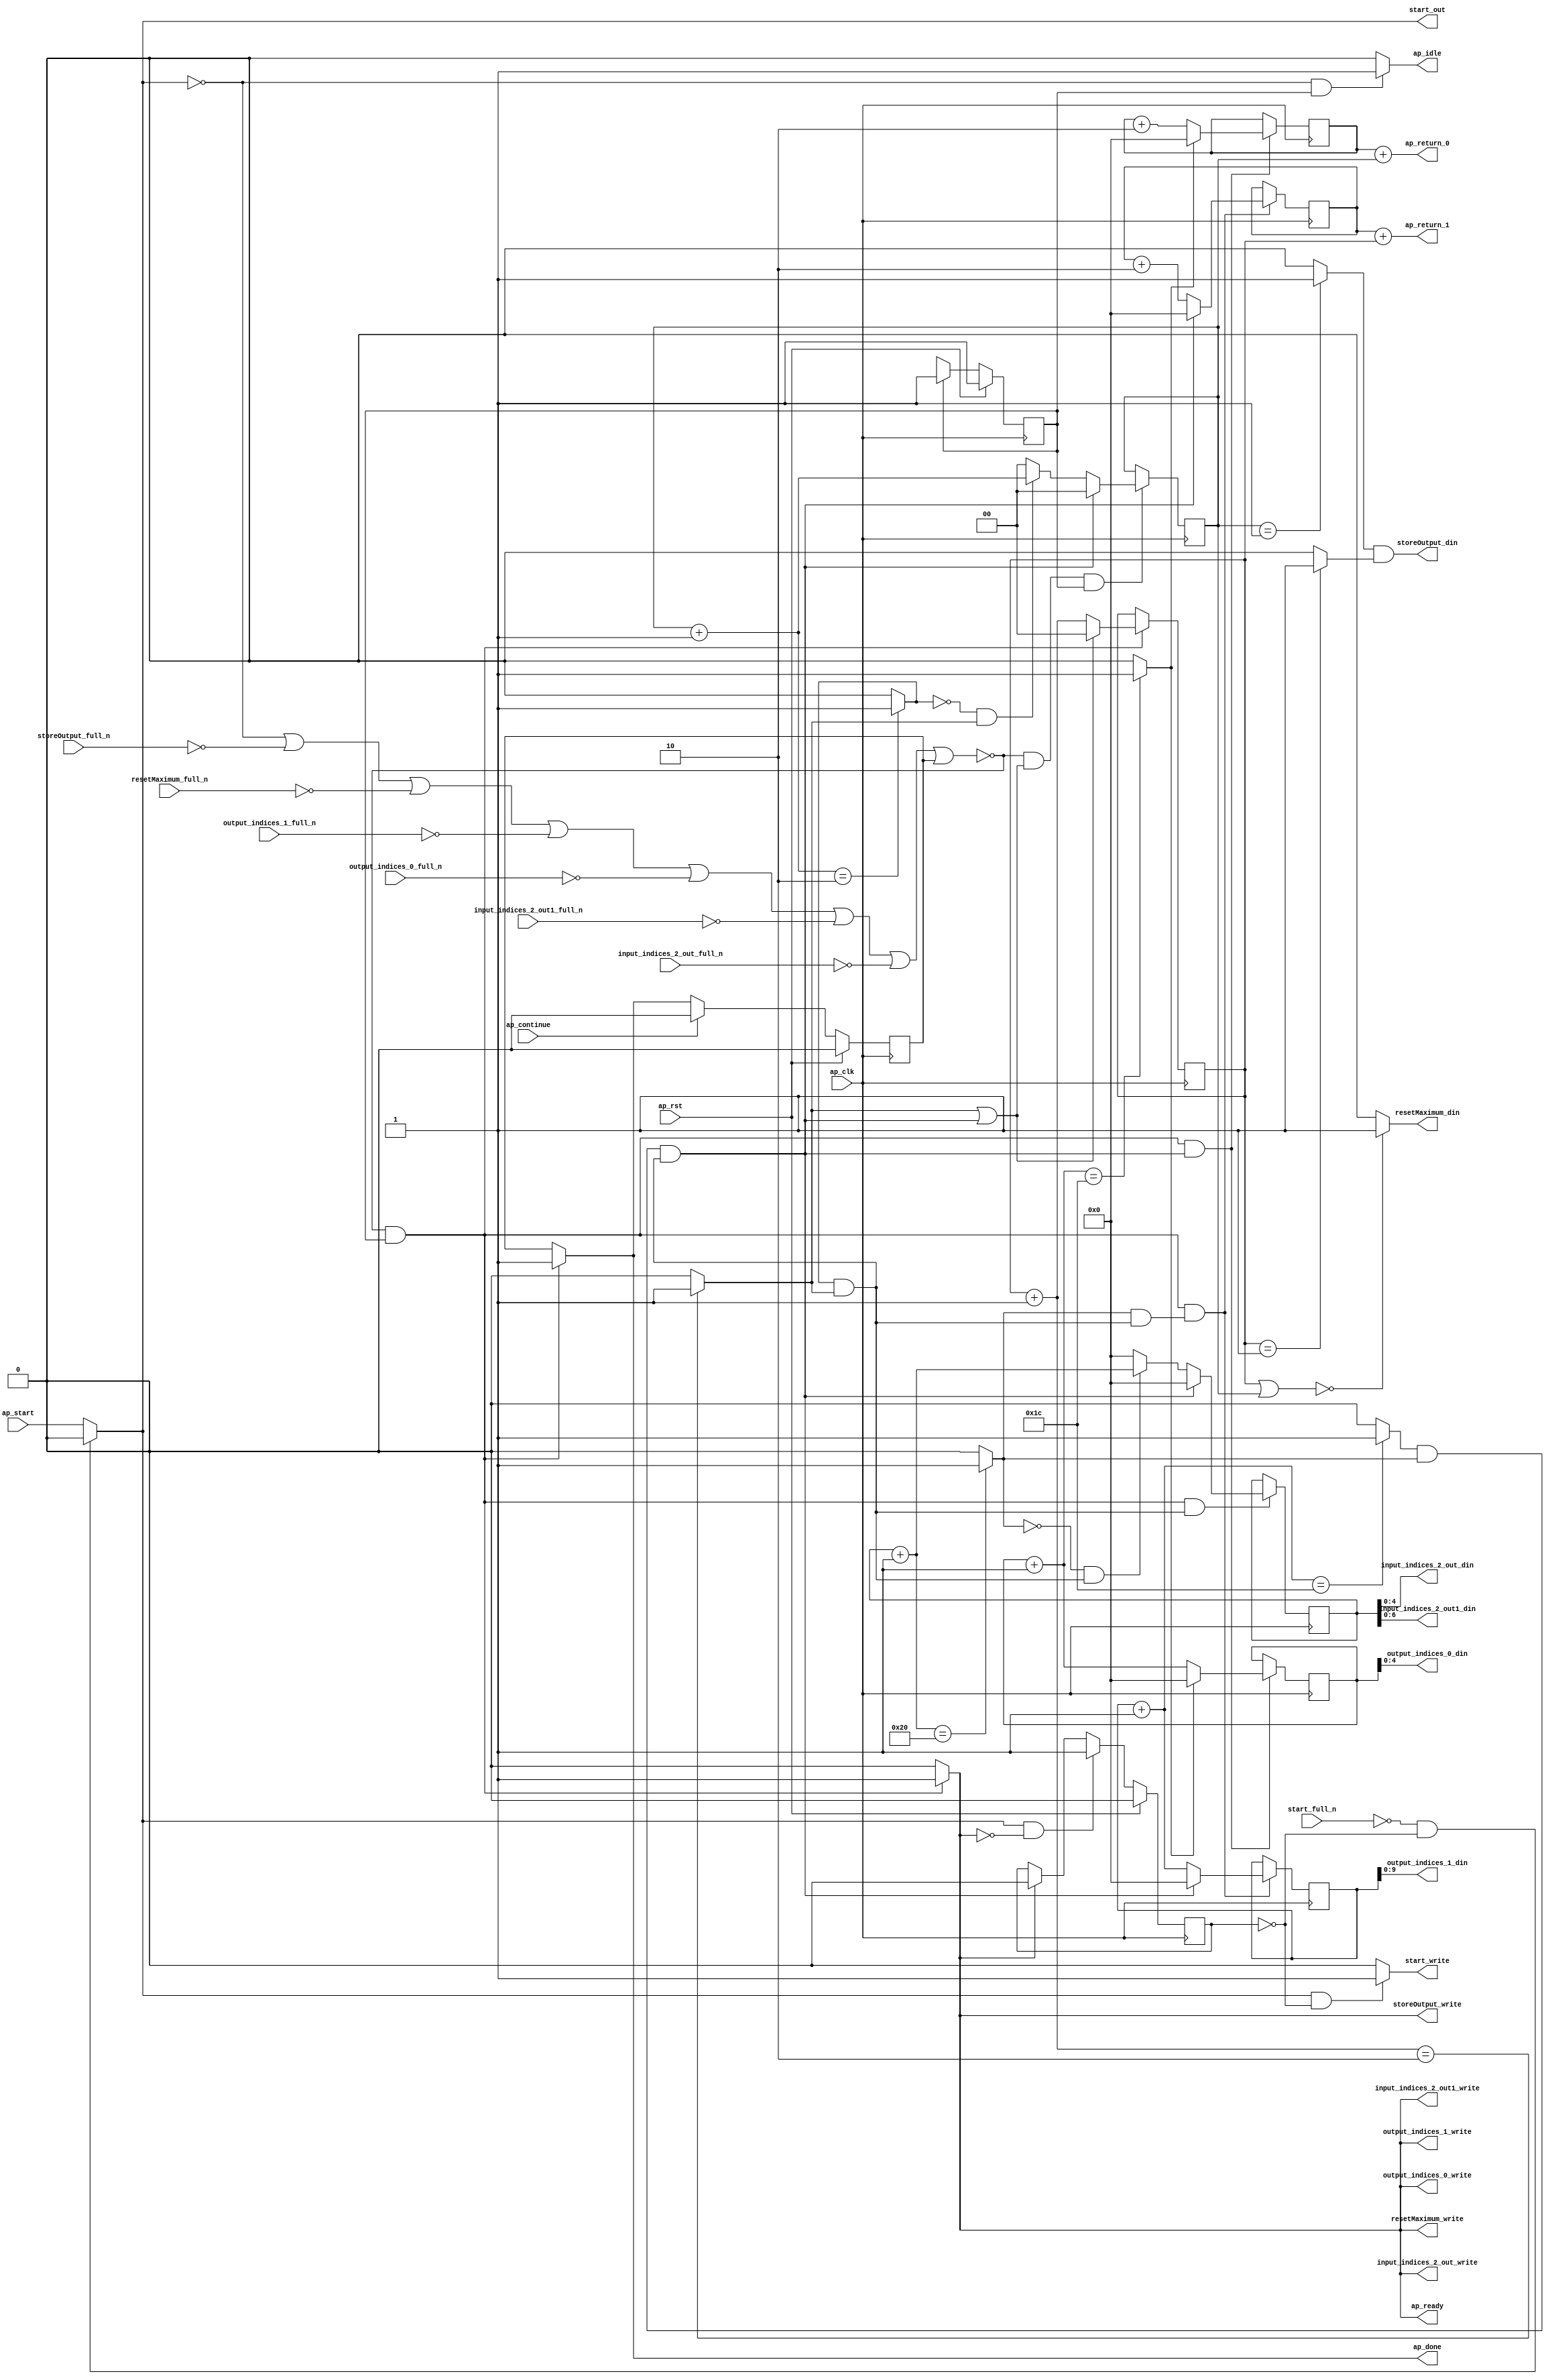
`define EXPONENT 5
`define MANTISSA 10
`define ACTUAL_MANTISSA 11
`define EXPONENT_LSB 10
`define EXPONENT_MSB 14
`define MANTISSA_LSB 0
`define MANTISSA_MSB 9
`define MANTISSA_MUL_SPLIT_LSB 3
`define MANTISSA_MUL_SPLIT_MSB 9
`define SIGN 1
`define SIGN_LOC 15
`define DWIDTH (`SIGN+`EXPONENT+`MANTISSA)
`define IEEE_COMPLIANCE 1

module td_fused_top_tdf5_get_next_ijk (
        ap_clk,
        ap_rst,
        ap_start,
        start_full_n,
        ap_done,
        ap_continue,
        ap_idle,
        ap_ready,
        start_out,
        start_write,
        input_indices_2_out_din,
        input_indices_2_out_full_n,
        input_indices_2_out_write,
        input_indices_2_out1_din,
        input_indices_2_out1_full_n,
        input_indices_2_out1_write,
        output_indices_0_din,
        output_indices_0_full_n,
        output_indices_0_write,
        output_indices_1_din,
        output_indices_1_full_n,
        output_indices_1_write,
        resetMaximum_din,
        resetMaximum_full_n,
        resetMaximum_write,
        storeOutput_din,
        storeOutput_full_n,
        storeOutput_write,
        ap_return_0,
        ap_return_1
);

parameter    ap_ST_fsm_state1 = 1'd1;

input   ap_clk;
input   ap_rst;
input   ap_start;
input   start_full_n;
output   ap_done;
input   ap_continue;
output   ap_idle;
output   ap_ready;
output   start_out;
output   start_write;
output  [4:0] input_indices_2_out_din;
input   input_indices_2_out_full_n;
output   input_indices_2_out_write;
output  [6:0] input_indices_2_out1_din;
input   input_indices_2_out1_full_n;
output   input_indices_2_out1_write;
output  [4:0] output_indices_0_din;
input   output_indices_0_full_n;
output   output_indices_0_write;
output  [9:0] output_indices_1_din;
input   output_indices_1_full_n;
output   output_indices_1_write;
output   resetMaximum_din;
input   resetMaximum_full_n;
output   resetMaximum_write;
output   storeOutput_din;
input   storeOutput_full_n;
output   storeOutput_write;
output  [15:0] ap_return_0;
output  [15:0] ap_return_1;

reg ap_done;
reg ap_idle;
reg start_write;
reg input_indices_2_out_write;
reg input_indices_2_out1_write;
reg output_indices_0_write;
reg output_indices_1_write;
reg resetMaximum_write;
reg storeOutput_write;

reg    real_start;
reg    start_once_reg;
reg    ap_done_reg;
  reg   [0:0] ap_CS_fsm;
wire    ap_CS_fsm_state1;
reg    internal_ap_ready;
reg   [1:0] i_p_1;
reg   [1:0] j_p_1;
reg   [15:0] i_3;
reg   [15:0] j_3;
reg   [15:0] k_3;
reg   [15:0] i_out_1;
reg   [15:0] j_out_1;
reg    input_indices_2_out_blk_n;
reg    input_indices_2_out1_blk_n;
reg    output_indices_0_blk_n;
reg    output_indices_1_blk_n;
reg    resetMaximum_blk_n;
reg    storeOutput_blk_n;
wire   [1:0] select_ln172_fu_342_p3;
reg    ap_block_state1;
wire   [0:0] or_ln172_fu_316_p2;
wire   [1:0] select_ln172_1_fu_350_p3;
wire   [15:0] select_ln177_fu_282_p3;
wire   [0:0] and_ln172_1_fu_310_p2;
wire   [15:0] select_ln172_2_fu_364_p3;
wire   [0:0] and_ln162_fu_358_p2;
wire   [15:0] select_ln172_3_fu_392_p3;
wire   [0:0] and_ln165_fu_298_p2;
wire   [15:0] select_ln177_1_fu_290_p3;
wire   [15:0] select_ln172_4_fu_400_p3;
wire   [1:0] or_ln154_fu_126_p2;
wire   [0:0] icmp_ln155_fu_139_p2;
wire   [0:0] icmp_ln155_1_fu_145_p2;
wire   [15:0] zext_ln156_fu_114_p1;
wire   [15:0] zext_ln157_fu_122_p1;
wire   [1:0] add_ln161_fu_210_p2;
wire   [1:0] add_ln164_fu_222_p2;
wire   [15:0] add_ln167_fu_234_p2;
wire   [15:0] add_ln171_fu_252_p2;
wire   [15:0] add_ln176_fu_270_p2;
wire   [0:0] icmp_ln177_fu_276_p2;
wire   [15:0] add_ln175_fu_264_p2;
wire   [0:0] icmp_ln162_fu_216_p2;
wire   [0:0] icmp_ln165_fu_228_p2;
wire   [0:0] icmp_ln168_fu_240_p2;
wire   [0:0] icmp_ln172_fu_258_p2;
wire   [0:0] and_ln172_fu_304_p2;
wire   [0:0] xor_ln165_fu_322_p2;
wire   [0:0] and_ln165_1_fu_328_p2;
wire   [1:0] select_ln165_fu_334_p3;
wire   [15:0] add_ln170_fu_246_p2;
wire   [0:0] xor_ln168_fu_372_p2;
wire   [0:0] and_ln168_fu_378_p2;
wire   [15:0] select_ln168_fu_384_p3;
wire   [15:0] add_ln156_fu_162_p2;
wire   [15:0] add_ln157_fu_172_p2;
reg   [0:0] ap_NS_fsm;
wire    ap_ce_reg;

// power-on initialization
initial begin
#0 start_once_reg = 1'b0;
#0 ap_done_reg = 1'b0;
#0 ap_CS_fsm = 1'd1;
#0 i_p_1 = 2'd0;
#0 j_p_1 = 2'd0;
#0 i_3 = 16'd0;
#0 j_3 = 16'd0;
#0 k_3 = 16'd0;
#0 i_out_1 = 16'd0;
#0 j_out_1 = 16'd0;
end

always @ (posedge ap_clk) begin
    if (ap_rst == 1'b1) begin
        ap_CS_fsm <= ap_ST_fsm_state1;
    end else begin
        ap_CS_fsm <= ap_NS_fsm;
    end
end

always @ (posedge ap_clk) begin
    if (ap_rst == 1'b1) begin
        ap_done_reg <= 1'b0;
    end else begin
        if ((ap_continue == 1'b1)) begin
            ap_done_reg <= 1'b0;
        end else if ((~((real_start == 1'b0) | (storeOutput_full_n == 1'b0) | (resetMaximum_full_n == 1'b0) | (output_indices_1_full_n == 1'b0) | (output_indices_0_full_n == 1'b0) | (input_indices_2_out1_full_n == 1'b0) | (input_indices_2_out_full_n == 1'b0) | (ap_done_reg == 1'b1)) & (1'b1 == ap_CS_fsm_state1))) begin
            ap_done_reg <= 1'b1;
        end
    end
end

always @ (posedge ap_clk) begin
    if (ap_rst == 1'b1) begin
        start_once_reg <= 1'b0;
    end else begin
        if (((real_start == 1'b1) & (internal_ap_ready == 1'b0))) begin
            start_once_reg <= 1'b1;
        end else if ((internal_ap_ready == 1'b1)) begin
            start_once_reg <= 1'b0;
        end
    end
end

always @ (posedge ap_clk) begin
    if ((~((real_start == 1'b0) | (storeOutput_full_n == 1'b0) | (resetMaximum_full_n == 1'b0) | (output_indices_1_full_n == 1'b0) | (output_indices_0_full_n == 1'b0) | (input_indices_2_out1_full_n == 1'b0) | (input_indices_2_out_full_n == 1'b0) | (ap_done_reg == 1'b1)) & (1'b1 == ap_CS_fsm_state1) & (1'd1 == and_ln172_1_fu_310_p2))) begin
        i_3 <= select_ln177_fu_282_p3;
        i_out_1 <= select_ln177_1_fu_290_p3;
    end
end

always @ (posedge ap_clk) begin
    if ((~((real_start == 1'b0) | (storeOutput_full_n == 1'b0) | (resetMaximum_full_n == 1'b0) | (output_indices_1_full_n == 1'b0) | (output_indices_0_full_n == 1'b0) | (input_indices_2_out1_full_n == 1'b0) | (input_indices_2_out_full_n == 1'b0) | (ap_done_reg == 1'b1)) & (or_ln172_fu_316_p2 == 1'd1) & (1'b1 == ap_CS_fsm_state1))) begin
        i_p_1 <= select_ln172_fu_342_p3;
    end
end

always @ (posedge ap_clk) begin
    if ((~((real_start == 1'b0) | (storeOutput_full_n == 1'b0) | (resetMaximum_full_n == 1'b0) | (output_indices_1_full_n == 1'b0) | (output_indices_0_full_n == 1'b0) | (input_indices_2_out1_full_n == 1'b0) | (input_indices_2_out_full_n == 1'b0) | (ap_done_reg == 1'b1)) & (1'b1 == ap_CS_fsm_state1) & (1'd1 == and_ln162_fu_358_p2))) begin
        j_3 <= select_ln172_2_fu_364_p3;
        j_out_1 <= select_ln172_4_fu_400_p3;
    end
end

always @ (posedge ap_clk) begin
    if ((~((real_start == 1'b0) | (storeOutput_full_n == 1'b0) | (resetMaximum_full_n == 1'b0) | (output_indices_1_full_n == 1'b0) | (output_indices_0_full_n == 1'b0) | (input_indices_2_out1_full_n == 1'b0) | (input_indices_2_out_full_n == 1'b0) | (ap_done_reg == 1'b1)) & (1'b1 == ap_CS_fsm_state1))) begin
        j_p_1 <= select_ln172_1_fu_350_p3;
    end
end

always @ (posedge ap_clk) begin
    if ((~((real_start == 1'b0) | (storeOutput_full_n == 1'b0) | (resetMaximum_full_n == 1'b0) | (output_indices_1_full_n == 1'b0) | (output_indices_0_full_n == 1'b0) | (input_indices_2_out1_full_n == 1'b0) | (input_indices_2_out_full_n == 1'b0) | (ap_done_reg == 1'b1)) & (1'b1 == ap_CS_fsm_state1) & (1'd1 == and_ln165_fu_298_p2))) begin
        k_3 <= select_ln172_3_fu_392_p3;
    end
end

always @ (*) begin
    if ((~((real_start == 1'b0) | (storeOutput_full_n == 1'b0) | (resetMaximum_full_n == 1'b0) | (output_indices_1_full_n == 1'b0) | (output_indices_0_full_n == 1'b0) | (input_indices_2_out1_full_n == 1'b0) | (input_indices_2_out_full_n == 1'b0) | (ap_done_reg == 1'b1)) & (1'b1 == ap_CS_fsm_state1))) begin
        ap_done = 1'b1;
    end else begin
        ap_done = ap_done_reg;
    end
end

always @ (*) begin
    if (((real_start == 1'b0) & (1'b1 == ap_CS_fsm_state1))) begin
        ap_idle = 1'b1;
    end else begin
        ap_idle = 1'b0;
    end
end

always @ (*) begin
    if ((~((real_start == 1'b0) | (ap_done_reg == 1'b1)) & (1'b1 == ap_CS_fsm_state1))) begin
        input_indices_2_out1_blk_n = input_indices_2_out1_full_n;
    end else begin
        input_indices_2_out1_blk_n = 1'b1;
    end
end

always @ (*) begin
    if ((~((real_start == 1'b0) | (storeOutput_full_n == 1'b0) | (resetMaximum_full_n == 1'b0) | (output_indices_1_full_n == 1'b0) | (output_indices_0_full_n == 1'b0) | (input_indices_2_out1_full_n == 1'b0) | (input_indices_2_out_full_n == 1'b0) | (ap_done_reg == 1'b1)) & (1'b1 == ap_CS_fsm_state1))) begin
        input_indices_2_out1_write = 1'b1;
    end else begin
        input_indices_2_out1_write = 1'b0;
    end
end

always @ (*) begin
    if ((~((real_start == 1'b0) | (ap_done_reg == 1'b1)) & (1'b1 == ap_CS_fsm_state1))) begin
        input_indices_2_out_blk_n = input_indices_2_out_full_n;
    end else begin
        input_indices_2_out_blk_n = 1'b1;
    end
end

always @ (*) begin
    if ((~((real_start == 1'b0) | (storeOutput_full_n == 1'b0) | (resetMaximum_full_n == 1'b0) | (output_indices_1_full_n == 1'b0) | (output_indices_0_full_n == 1'b0) | (input_indices_2_out1_full_n == 1'b0) | (input_indices_2_out_full_n == 1'b0) | (ap_done_reg == 1'b1)) & (1'b1 == ap_CS_fsm_state1))) begin
        input_indices_2_out_write = 1'b1;
    end else begin
        input_indices_2_out_write = 1'b0;
    end
end

always @ (*) begin
    if ((~((real_start == 1'b0) | (storeOutput_full_n == 1'b0) | (resetMaximum_full_n == 1'b0) | (output_indices_1_full_n == 1'b0) | (output_indices_0_full_n == 1'b0) | (input_indices_2_out1_full_n == 1'b0) | (input_indices_2_out_full_n == 1'b0) | (ap_done_reg == 1'b1)) & (1'b1 == ap_CS_fsm_state1))) begin
        internal_ap_ready = 1'b1;
    end else begin
        internal_ap_ready = 1'b0;
    end
end

always @ (*) begin
    if ((~((real_start == 1'b0) | (ap_done_reg == 1'b1)) & (1'b1 == ap_CS_fsm_state1))) begin
        output_indices_0_blk_n = output_indices_0_full_n;
    end else begin
        output_indices_0_blk_n = 1'b1;
    end
end

always @ (*) begin
    if ((~((real_start == 1'b0) | (storeOutput_full_n == 1'b0) | (resetMaximum_full_n == 1'b0) | (output_indices_1_full_n == 1'b0) | (output_indices_0_full_n == 1'b0) | (input_indices_2_out1_full_n == 1'b0) | (input_indices_2_out_full_n == 1'b0) | (ap_done_reg == 1'b1)) & (1'b1 == ap_CS_fsm_state1))) begin
        output_indices_0_write = 1'b1;
    end else begin
        output_indices_0_write = 1'b0;
    end
end

always @ (*) begin
    if ((~((real_start == 1'b0) | (ap_done_reg == 1'b1)) & (1'b1 == ap_CS_fsm_state1))) begin
        output_indices_1_blk_n = output_indices_1_full_n;
    end else begin
        output_indices_1_blk_n = 1'b1;
    end
end

always @ (*) begin
    if ((~((real_start == 1'b0) | (storeOutput_full_n == 1'b0) | (resetMaximum_full_n == 1'b0) | (output_indices_1_full_n == 1'b0) | (output_indices_0_full_n == 1'b0) | (input_indices_2_out1_full_n == 1'b0) | (input_indices_2_out_full_n == 1'b0) | (ap_done_reg == 1'b1)) & (1'b1 == ap_CS_fsm_state1))) begin
        output_indices_1_write = 1'b1;
    end else begin
        output_indices_1_write = 1'b0;
    end
end

always @ (*) begin
    if (((start_full_n == 1'b0) & (start_once_reg == 1'b0))) begin
        real_start = 1'b0;
    end else begin
        real_start = ap_start;
    end
end

always @ (*) begin
    if ((~((real_start == 1'b0) | (ap_done_reg == 1'b1)) & (1'b1 == ap_CS_fsm_state1))) begin
        resetMaximum_blk_n = resetMaximum_full_n;
    end else begin
        resetMaximum_blk_n = 1'b1;
    end
end

always @ (*) begin
    if ((~((real_start == 1'b0) | (storeOutput_full_n == 1'b0) | (resetMaximum_full_n == 1'b0) | (output_indices_1_full_n == 1'b0) | (output_indices_0_full_n == 1'b0) | (input_indices_2_out1_full_n == 1'b0) | (input_indices_2_out_full_n == 1'b0) | (ap_done_reg == 1'b1)) & (1'b1 == ap_CS_fsm_state1))) begin
        resetMaximum_write = 1'b1;
    end else begin
        resetMaximum_write = 1'b0;
    end
end

always @ (*) begin
    if (((real_start == 1'b1) & (start_once_reg == 1'b0))) begin
        start_write = 1'b1;
    end else begin
        start_write = 1'b0;
    end
end

always @ (*) begin
    if ((~((real_start == 1'b0) | (ap_done_reg == 1'b1)) & (1'b1 == ap_CS_fsm_state1))) begin
        storeOutput_blk_n = storeOutput_full_n;
    end else begin
        storeOutput_blk_n = 1'b1;
    end
end

always @ (*) begin
    if ((~((real_start == 1'b0) | (storeOutput_full_n == 1'b0) | (resetMaximum_full_n == 1'b0) | (output_indices_1_full_n == 1'b0) | (output_indices_0_full_n == 1'b0) | (input_indices_2_out1_full_n == 1'b0) | (input_indices_2_out_full_n == 1'b0) | (ap_done_reg == 1'b1)) & (1'b1 == ap_CS_fsm_state1))) begin
        storeOutput_write = 1'b1;
    end else begin
        storeOutput_write = 1'b0;
    end
end

always @ (*) begin
    case (ap_CS_fsm)
        ap_ST_fsm_state1 : begin
            ap_NS_fsm = ap_ST_fsm_state1;
        end
        default : begin
            ap_NS_fsm = 'bx;
        end
    endcase
end

assign add_ln156_fu_162_p2 = (i_3 + zext_ln156_fu_114_p1);

assign add_ln157_fu_172_p2 = (j_3 + zext_ln157_fu_122_p1);

assign add_ln161_fu_210_p2 = (j_p_1 + 2'd1);

assign add_ln164_fu_222_p2 = (i_p_1 + 2'd1);

assign add_ln167_fu_234_p2 = (k_3 + 16'd1);

assign add_ln170_fu_246_p2 = (j_3 + 16'd2);

assign add_ln171_fu_252_p2 = (j_out_1 + 16'd1);

assign add_ln175_fu_264_p2 = (i_3 + 16'd2);

assign add_ln176_fu_270_p2 = (i_out_1 + 16'd1);

assign and_ln162_fu_358_p2 = (icmp_ln168_fu_240_p2 & and_ln165_fu_298_p2);

assign and_ln165_1_fu_328_p2 = (xor_ln165_fu_322_p2 & icmp_ln162_fu_216_p2);

assign and_ln165_fu_298_p2 = (icmp_ln165_fu_228_p2 & icmp_ln162_fu_216_p2);

assign and_ln168_fu_378_p2 = (xor_ln168_fu_372_p2 & and_ln165_fu_298_p2);

assign and_ln172_1_fu_310_p2 = (and_ln172_fu_304_p2 & and_ln165_fu_298_p2);

assign and_ln172_fu_304_p2 = (icmp_ln172_fu_258_p2 & icmp_ln168_fu_240_p2);

assign ap_CS_fsm_state1 = ap_CS_fsm[32'd0];

always @ (*) begin
    ap_block_state1 = ((real_start == 1'b0) | (storeOutput_full_n == 1'b0) | (resetMaximum_full_n == 1'b0) | (output_indices_1_full_n == 1'b0) | (output_indices_0_full_n == 1'b0) | (input_indices_2_out1_full_n == 1'b0) | (input_indices_2_out_full_n == 1'b0) | (ap_done_reg == 1'b1));
end

assign ap_ready = internal_ap_ready;

assign ap_return_0 = add_ln156_fu_162_p2;

assign ap_return_1 = add_ln157_fu_172_p2;

assign icmp_ln155_1_fu_145_p2 = ((j_p_1 == 2'd1) ? 1'b1 : 1'b0);

assign icmp_ln155_fu_139_p2 = ((i_p_1 == 2'd1) ? 1'b1 : 1'b0);

assign icmp_ln162_fu_216_p2 = ((add_ln161_fu_210_p2 == 2'd2) ? 1'b1 : 1'b0);

assign icmp_ln165_fu_228_p2 = ((add_ln164_fu_222_p2 == 2'd2) ? 1'b1 : 1'b0);

assign icmp_ln168_fu_240_p2 = ((add_ln167_fu_234_p2 == 16'd32) ? 1'b1 : 1'b0);

assign icmp_ln172_fu_258_p2 = ((add_ln171_fu_252_p2 == 16'd28) ? 1'b1 : 1'b0);

assign icmp_ln177_fu_276_p2 = ((add_ln176_fu_270_p2 == 16'd28) ? 1'b1 : 1'b0);

assign input_indices_2_out1_din = k_3[6:0];

assign input_indices_2_out_din = k_3[4:0];

assign or_ln154_fu_126_p2 = (j_p_1 | i_p_1);

assign or_ln172_fu_316_p2 = (icmp_ln162_fu_216_p2 | and_ln172_1_fu_310_p2);

assign output_indices_0_din = i_out_1[4:0];

assign output_indices_1_din = j_out_1[9:0];

assign resetMaximum_din = ((or_ln154_fu_126_p2 == 2'd0) ? 1'b1 : 1'b0);

assign select_ln165_fu_334_p3 = ((and_ln165_1_fu_328_p2[0:0] == 1'b1) ? add_ln164_fu_222_p2 : 2'd0);

assign select_ln168_fu_384_p3 = ((and_ln168_fu_378_p2[0:0] == 1'b1) ? add_ln167_fu_234_p2 : 16'd0);

assign select_ln172_1_fu_350_p3 = ((or_ln172_fu_316_p2[0:0] == 1'b1) ? 2'd0 : add_ln161_fu_210_p2);

assign select_ln172_2_fu_364_p3 = ((and_ln172_1_fu_310_p2[0:0] == 1'b1) ? 16'd0 : add_ln170_fu_246_p2);

assign select_ln172_3_fu_392_p3 = ((and_ln172_1_fu_310_p2[0:0] == 1'b1) ? 16'd0 : select_ln168_fu_384_p3);

assign select_ln172_4_fu_400_p3 = ((and_ln172_1_fu_310_p2[0:0] == 1'b1) ? 16'd0 : add_ln171_fu_252_p2);

assign select_ln172_fu_342_p3 = ((and_ln172_1_fu_310_p2[0:0] == 1'b1) ? 2'd0 : select_ln165_fu_334_p3);

assign select_ln177_1_fu_290_p3 = ((icmp_ln177_fu_276_p2[0:0] == 1'b1) ? 16'd0 : add_ln176_fu_270_p2);

assign select_ln177_fu_282_p3 = ((icmp_ln177_fu_276_p2[0:0] == 1'b1) ? 16'd0 : add_ln175_fu_264_p2);

assign start_out = real_start;

assign storeOutput_din = (icmp_ln155_fu_139_p2 & icmp_ln155_1_fu_145_p2);

assign xor_ln165_fu_322_p2 = (icmp_ln165_fu_228_p2 ^ 1'd1);

assign xor_ln168_fu_372_p2 = (icmp_ln168_fu_240_p2 ^ 1'd1);

assign zext_ln156_fu_114_p1 = i_p_1;

assign zext_ln157_fu_122_p1 = j_p_1;

endmodule //td_fused_top_tdf5_get_next_ijk